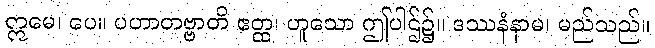
ဣမေ၊ ပေ။ ပဟာတဗ္ဗာတိ ဧတ္ထ၊ ဟူသော ဤပါဌ်၌။ ဒဿနံနာမ၊ မည်သည်။